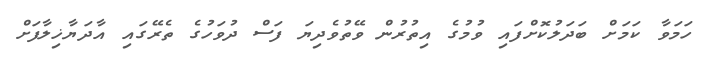
ހަމަވާ ކަމަށް ބަދަލުކޮށްފައި ވުމުގެ އިތުރުން ވޭތުވެދިޔަ ފަސް ދުވަހުގެ ތެރޭގައި އާދަޔާޚިލާފަށް